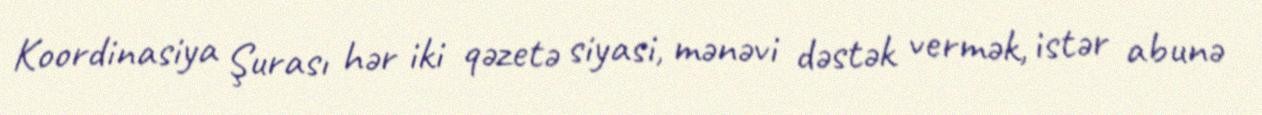
Koordinasiya Şurası hər iki qəzetə siyasi, mənəvi dəstək vermək, istər abunə